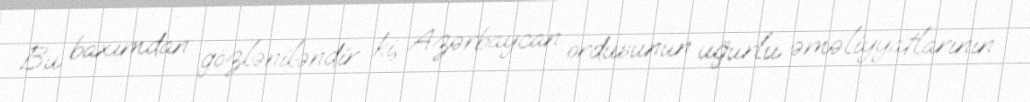
Bu baxımdan gözləniləndir ki, Azərbaycan ordusunun uğurlu əməliyyatlarının